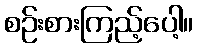
စဉ်းစားကြည့်ပေါ့။